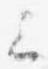
云